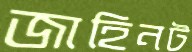
জাহিনট